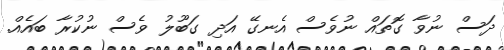
ދަސް ނުވާ ގޮތައް ނުވެސް އެނގޭ އަދި ގަބޫލު ވެސް ނުކުރާ ބައެއް.